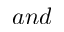
a n d